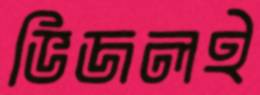
ভিজলই